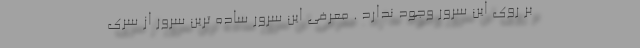
بر روی این سرور وجود ندارد . معرفی این سرور ساده ترین سرور از سری